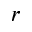
r